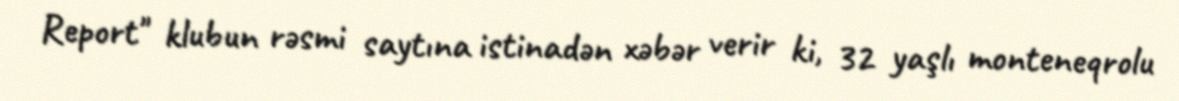
Report" klubun rəsmi saytına istinadən xəbər verir ki, 32 yaşlı monteneqrolu